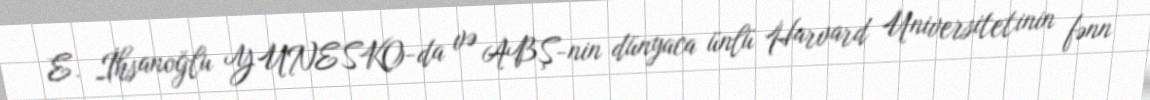
E. İhsanoğlu YUNESKO-da və ABŞ-nin dünyaca ünlü Harvard Universitetinin fənn